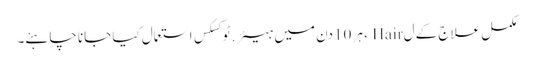
مکمل علاج کے ل Hair ، ہر 10 دن میں ہیئر.ٹوکسکس استعمال کیا جانا چاہئے۔